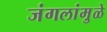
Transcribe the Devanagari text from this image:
जंगलांमु़ळे